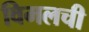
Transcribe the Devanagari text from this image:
विमलची